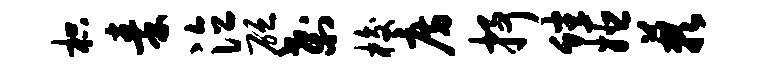
枳秦泣砭刹梭房抒蟠姬蔌